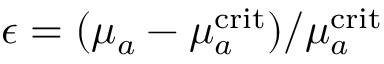
\epsilon = ( \mu _ { a } - \mu _ { a } ^ { \mathrm { c r i t } } ) / \mu _ { a } ^ { \mathrm { c r i t } }